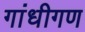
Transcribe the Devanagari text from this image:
गांधीगण